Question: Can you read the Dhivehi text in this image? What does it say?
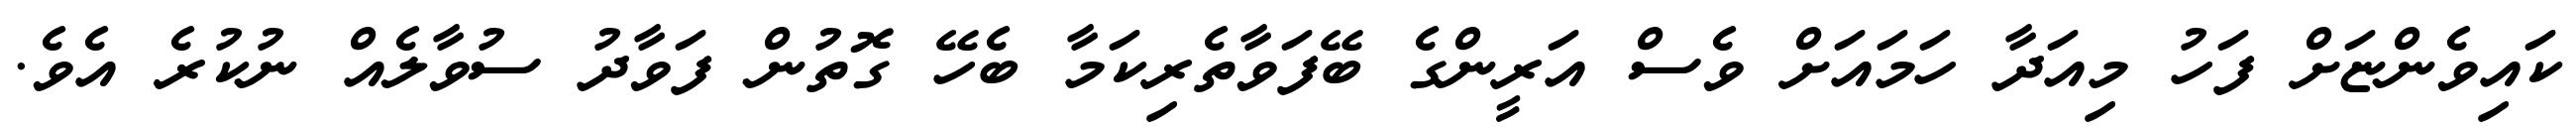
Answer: ކައިވެންޏަށް ފަހު މިއަދާ ހަމައަށް ވެސް އަރީންގެ ބޭފަވާތެރިކަމާ ބެހޭ ގޮތުން ފަވާދު ސުވާލެއް ނުކުރެ އެވެ.